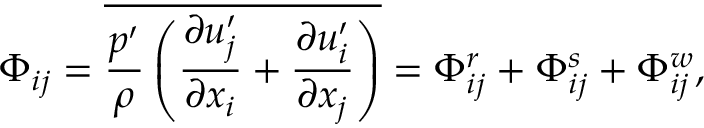
\Phi _ { i j } = \overline { { \frac { p ^ { \prime } } { \rho } \left( \frac { \partial u _ { j } ^ { \prime } } { \partial x _ { i } } + \frac { \partial u _ { i } ^ { \prime } } { \partial x _ { j } } \right) } } = \Phi _ { i j } ^ { r } + \Phi _ { i j } ^ { s } + \Phi _ { i j } ^ { w } ,